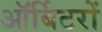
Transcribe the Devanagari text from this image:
ऑर्बिटरों